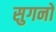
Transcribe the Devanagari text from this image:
सुगनो